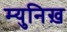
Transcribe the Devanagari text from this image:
म्युनिख़